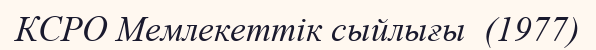
КСРО Мемлекеттік сыйлығы  (1977)